Vaccination in Bombay 1902-1912 - 1902-1912
Year: 1902
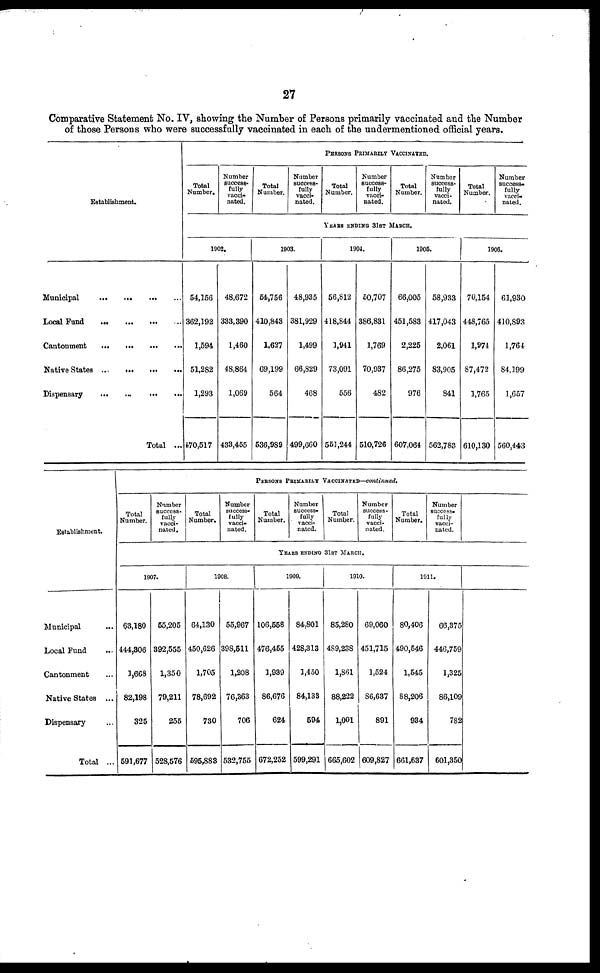
27
Comparative Statement No. IV, showing the Number of Persons primarily vaccinated and the Number
of those Persons who were successfully vaccinated in each of the undermentioned official years.
Establishment.
Municipal
...
...
...
...
Local Fund
...
...
...
...
Cantonment
...
...
...
...
Native States
...
...
...
...
Dispensary ... ... ... ...
Total ...
PERSONS PRIMARILY VACCINATED.
Total
Number.
Number
success-
fully
vacci-
nated.
Total
Number.
Number
success-
fully
vacci-
nated.
Total
Number.
Number
success-
fully
vacci-
nated.
Total
Number.
Number
success-
fully
vacci¬
nated.
Total
Number.
Number
success-
fully
vacci-
nated.
YEARS ENDING 31ST MARCH.
1902.
54,156
362,192
1,594
51,282
1,293
470,517
48,672
333,390
1,460
48,864
1,069
433,455
1903.
54,756
410,843
1,627
69,199
564
536,989
48,935
381,929
1,499
66,829
468
499,660
1904.
56,812
418,844
1,941
73,091
556
551,244
50,707
386,831
1,769
70,937
482
510,726
1905.
66,005
451,583
2,225
86,275
976
607,064
58,933
417,043
2,061
83,905
841
562,783
1906.
70,154
448,765
1,974
87,472
1,765
610,130
61,930
410,893
1,764
84,199
1,657
560,443
Establishment.
Municipal ...
Local Fund ...
Cantonment ...
Native States ...
Dispensary ...
Total ...
PERSONS PRIMARILY VACCINATED—continued.
Total
Number.
Number
success-
fully
vacci-
nated.
Total
Number.
Number
success¬
fully
vacci-
nated.
Total
Number.
Number
success-
fully
vacci-
nated.
Total
Number.
Number
success-
fully
vacci-
nated.
Total
Number.
Number
success-
fully
vacci-
nated.
YEARS ENDING 31ST MARCH.
1907.
63,180
444,306
1,668
82,198
325
591,677
55,205
392,555
1,350
79,211
255
528,576
1908.
64,130
450,626
1,705
78,692
730
595,883
55,967
398,511
1,208
76,363
706
532,755
1909.
106,558
476,455
1,939
86,676
624
672,252
84,801
428,313
1,450
84,133
594
599,291
1910.
85,280
489,238
1,861
88,222
1,001
665,602
69,060
451,715
1,524
86,637
891
609,827
1911.
80,406
490,546
1,545
88,206
934
661,637
66,375
446,759
1,325
86,109
782
601,350